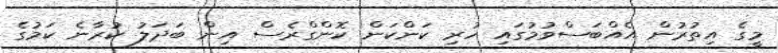
މީގެ އިތުރުން އެއްބަސްވުމުގައި ހުރި ކަންކަން ކޮންގްރެސް އިން ބަދަލު ކުރާނެ ކަމުގެ